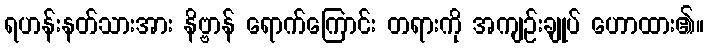
ရဟန်းနတ်သားအား နိဗ္ဗာန် ရောက်ကြောင်း တရားကို အကျဉ်းချုပ် ဟောထား၏။